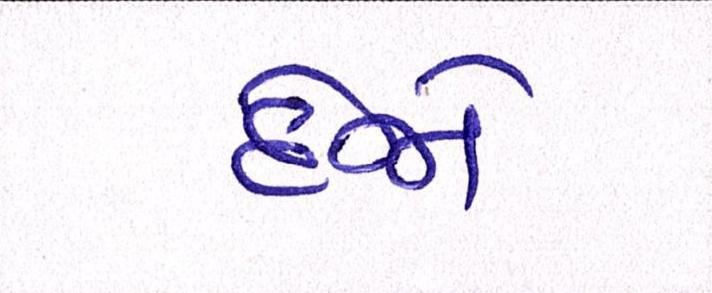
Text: દેજો